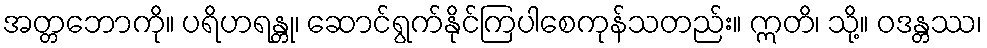
အတ္တဘောကို။ ပရိဟရန္တု၊ ဆောင်ရွက်နိုင်ကြပါစေကုန်သတည်း။ ဣတိ၊ သို့။ ဝဒန္တဿ၊